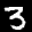
Label: 3